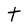
Character: t